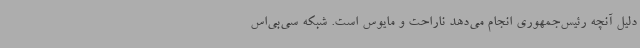
دلیل آنچه رئیس‌جمهوری انجام می‌دهد ناراحت و مایوس است. شبکه سی‌بی‌اس